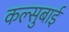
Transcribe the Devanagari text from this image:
कल्सुबाई